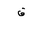
Letter: _qaf